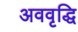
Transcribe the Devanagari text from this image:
अववृद्धि